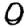
Digit: 0